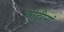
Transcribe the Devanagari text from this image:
कोटीनां